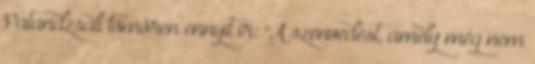
Patandzsali tömören ennyit ír: "A szenvedést, amely még nem